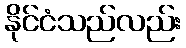
နိုင်ငံသည်လည်း